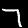
Digit: 7